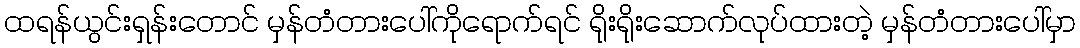
ထရန်ယွင်းရှန်းတောင် မှန်တံတားပေါ်ကိုရောက်ရင် ရိုးရိုးဆောက်လုပ်ထားတဲ့ မှန်တံတားပေါ်မှာ